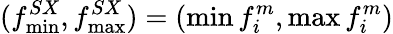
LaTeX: (f_{\operatorname*{min}}^{SX},f_{\operatorname*{max}}^{SX})=(\operatorname*{min}{f_{i}^{m}},\operatorname*{max}{f_{i}^{m}})